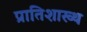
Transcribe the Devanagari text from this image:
प्रातिशाख्थ